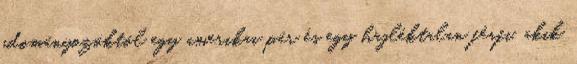
adományozóktól egy amerikai pár és egy hajléktalan férfi, akik